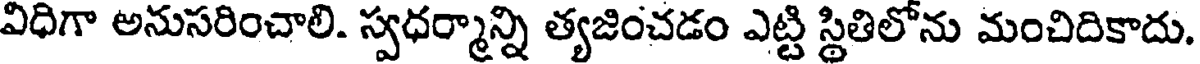
విధిగా అనుసరించాలి. స్వధర్మాన్ని త్యజించడం ఎట్టి స్థితిలోను మంచిదికాదు.